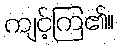
ကျင့်ကြ၏။